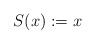
\begin{align*}S(x):=x\qquad\end{align*}